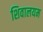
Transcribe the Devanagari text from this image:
शिवालयम